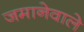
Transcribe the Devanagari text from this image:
जमानेवाले